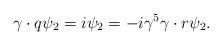
LaTeX: \begin{align*}\gamma \cdot q\psi _{2}=i\psi _{2}=-i\gamma ^{5}\gamma \cdot r\psi _{2}.\end{align*}